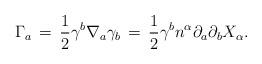
LaTeX: \begin{align*}\Gamma_a \,=\, \frac{1}{2} \gamma^b \nabla_a \gamma_b \, = \,\frac{1}{2}\gamma^b n^{\alpha} \partial_a \partial_b X_\alpha.\end{align*}